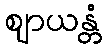
ဈာယန္တံ